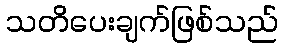
သတိပေးချက်ဖြစ်သည်